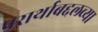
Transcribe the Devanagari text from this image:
परार्थाबद्दलच्या